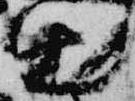
出